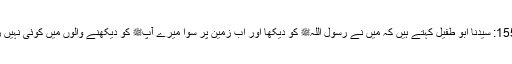
1558: سیدنا ابو طفیلؓ کہتے ہیں کہ میں نے رسول اللہﷺ کو دیکھا اور اب زمین پر سوا میرے آپﷺ کو دیکھنے والوں میں کوئی نہیں رہا۔